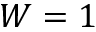
W = 1